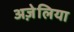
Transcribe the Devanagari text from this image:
अज़ेलिया